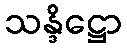
သန္ဒိဋ္ဌော